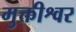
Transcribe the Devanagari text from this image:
मुक्तीश्वर